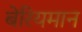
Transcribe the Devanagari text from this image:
बेरियमान